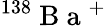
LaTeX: ^{138}\mathrm{~B~a~}^{+}